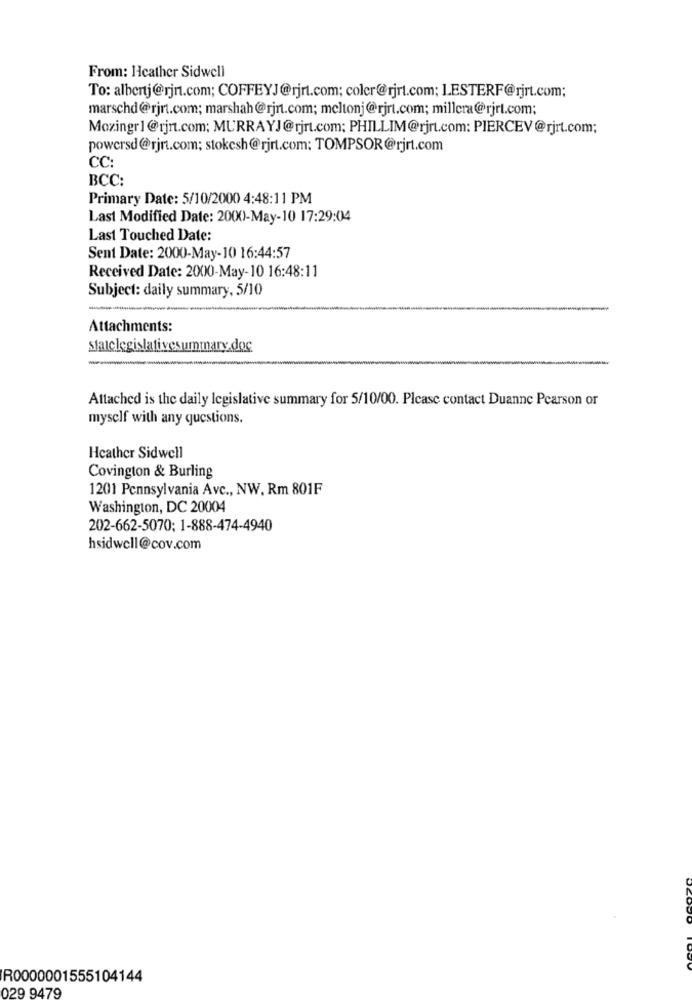
From: Heather Sidwell
To: albertj@rjn.com; COFFEYJ@rjrt.com; coler@rjrt.com; LESTERF@rjrt.com;
marschd@rjrt.com; marshah@rjn.com; meltonj@rjrt.com; millera@rjrt.com;
Mozingr1@rjn.com; MURRAYJ@rjrt.com; PHILLIM@rjrt.com: PIERCEV@rjrt.com;
powersd@rjrt.com; stokesh@rjrt.com: TOMPSOR@rjrt.com
CC:
BCC:
Primary Date: 5/10/2000 4:48:11 PM
Last Modified Date: 2000-May-10 17:29:04
Last Touched Date:
Sent Date: 2000-May-10 16:44:57
Received Date: 2000-May-10 16:48:11
Subject: daily summary, 5/10
Attachments:
staiclegislativesummary.doc
Attached is the daily legislative summary for 5/10/00. Please contact Duanne Pearson or
myself with any questions.
Heather Sidwell
Covington & Burling
1201 Pennsylvania Avc ., NW, Rm 801F
Washington, DC 20004
202-662-5070; 1-888-474-4940
hsidwell@cov.com
R0000001555104144
029 9479